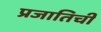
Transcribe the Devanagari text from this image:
प्रजातिची